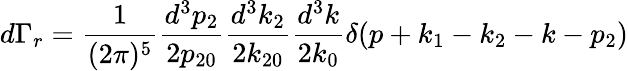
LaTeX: d\Gamma_{r}=\frac{1}{(2\pi)^{5}}\frac{d^{3}p_{2}}{2p_{20}}\frac{d^{3}k_{2}}{2k_{20}}\frac{d^{3}k}{2k_{0}}\delta(p+k_{1}-k_{2}-k-p_{2})